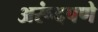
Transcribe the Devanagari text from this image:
अरूंदपणे